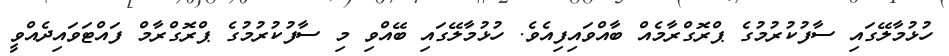
ހުޅުމާލޭގައި ސާފުކުރުމުގެ ޕްރޮގްރާމެއް ބާއްވައިފިއެވެ. ހުޅުމާލޭގައި ބޭއްވި މި ސާފުކުރުމުގެ ޕްރޮގްރާމް ފައްޓަވައިދެއްވީ